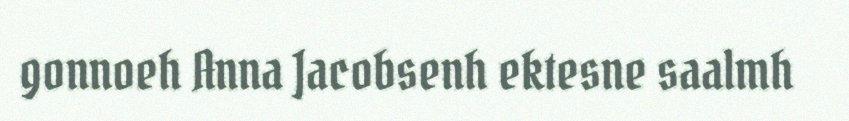
gonnoeh Anna Jacobsenh ektesne saalmh